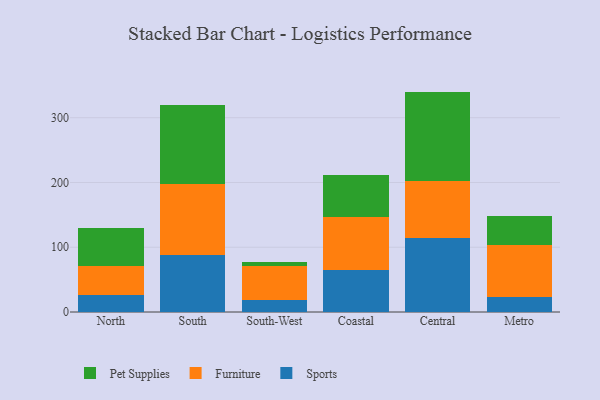
{"axis": {"x": "Region", "y": "Temperature (°C)"}, "legend": ["Furniture", "Pet Supplies", "Sports"], "data": [{"x": "North", "y": 26.3, "type": "Sports"}, {"x": "North", "y": 45.0, "type": "Furniture"}, {"x": "North", "y": 57.9, "type": "Pet Supplies"}, {"x": "South", "y": 88.1, "type": "Sports"}, {"x": "South", "y": 108.8, "type": "Furniture"}, {"x": "South", "y": 122.4, "type": "Pet Supplies"}, {"x": "South-West", "y": 18.2, "type": "Sports"}, {"x": "South-West", "y": 52.8, "type": "Furniture"}, {"x": "South-West", "y": 6.5, "type": "Pet Supplies"}, {"x": "Coastal", "y": 64.8, "type": "Sports"}, {"x": "Coastal", "y": 81.8, "type": "Furniture"}, {"x": "Coastal", "y": 65.3, "type": "Pet Supplies"}, {"x": "Central", "y": 114.8, "type": "Sports"}, {"x": "Central", "y": 87.7, "type": "Furniture"}, {"x": "Central", "y": 137.8, "type": "Pet Supplies"}, {"x": "Metro", "y": 23.1, "type": "Sports"}, {"x": "Metro", "y": 79.9, "type": "Furniture"}, {"x": "Metro", "y": 44.9, "type": "Pet Supplies"}]}